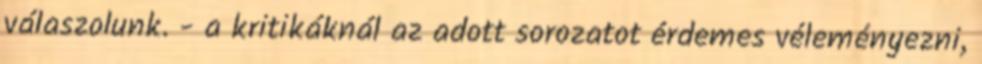
válaszolunk. - a kritikáknál az adott sorozatot érdemes véleményezni,